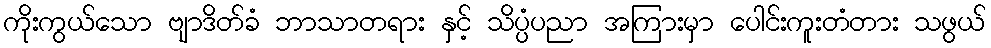
ကိုးကွယ်သော ဗျာဒိတ်ခံ ဘာသာတရား နှင့် သိပ္ပံပညာ အကြားမှာ ပေါင်းကူးတံတား သဖွယ်